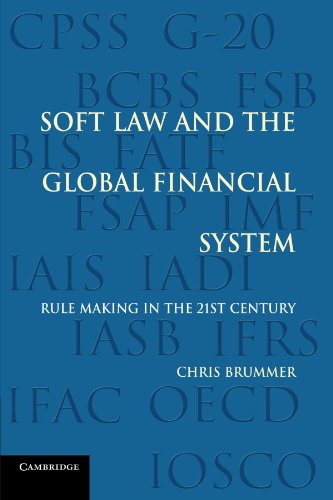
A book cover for Soft Law and the Global Financial System: Rule Making in the 21st Century; Chris Brummer; Law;